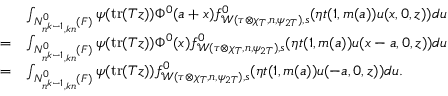
\begin{array} { r l } & { \int _ { N _ { n ^ { k - 1 } , k n } ^ { 0 } ( F ) } \psi ( \mathrm { t r } ( T z ) ) \Phi ^ { 0 } ( a + x ) f _ { \mathcal { W } ( \tau \otimes \chi _ { T } , n , \psi _ { 2 T } ) , s } ^ { 0 } ( \eta t ( 1 , m ( a ) ) u ( x , 0 , z ) ) d u } \\ { = } & { \int _ { N _ { n ^ { k - 1 } , k n } ^ { 0 } ( F ) } \psi ( \mathrm { t r } ( T z ) ) \Phi ^ { 0 } ( x ) f _ { \mathcal { W } ( \tau \otimes \chi _ { T } , n , \psi _ { 2 T } ) , s } ^ { 0 } ( \eta t ( 1 , m ( a ) ) u ( x - a , 0 , z ) ) d u } \\ { = } & { \int _ { N _ { n ^ { k - 1 } , k n } ^ { 0 } ( F ) } \psi ( \mathrm { t r } ( T z ) ) f _ { \mathcal { W } ( \tau \otimes \chi _ { T } , n , \psi _ { 2 T } ) , s } ^ { 0 } ( \eta t ( 1 , m ( a ) ) u ( - a , 0 , z ) ) d u . } \end{array}